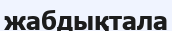
жабдықтала